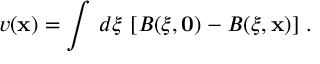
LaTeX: v ( { \bf x } ) = \int \, d \xi \, \left[ B ( \xi , { \bf 0 } ) - B ( \xi , { \bf x } ) \right] \, .